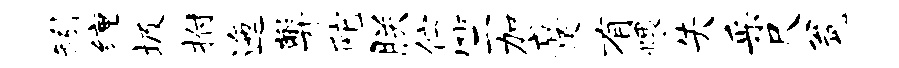
矧缠圾拊迤弊陀朕伫竺加蹙有煨失采尺瓮